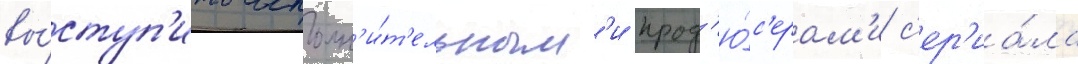
вы́ступ'ить исполн'и́т'ельным'и прод'ю́с'ерам'и с'ер'иа́ла